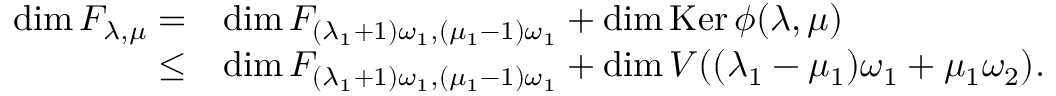
\begin{array} { r l } { \dim \cal F _ { \lambda , \mu } = } & { \dim \cal F _ { ( \lambda _ { 1 } + 1 ) \omega _ { 1 } , ( \mu _ { 1 } - 1 ) \omega _ { 1 } } + \dim \operatorname { K e r } \phi ( \lambda , \mu ) } \\ { \leq } & { \dim \cal F _ { ( \lambda _ { 1 } + 1 ) \omega _ { 1 } , ( \mu _ { 1 } - 1 ) \omega _ { 1 } } + \dim V ( ( \lambda _ { 1 } - \mu _ { 1 } ) \omega _ { 1 } + \mu _ { 1 } \omega _ { 2 } ) . } \end{array}